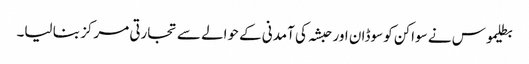
بطلیموس نے سواکن کو سوڈان اور حبشہ کی آمدنی کے حوالے سے تجارتی مرکز بنا لیا۔